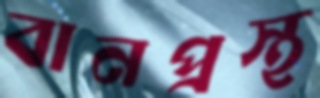
বানপ্রস্থ